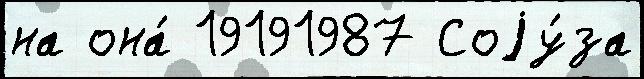
на она́ 19191987 Соjу́за